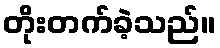
တိုးတက်ခဲ့သည်။